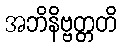
အဘိနိဗ္ဗတ္တတိ